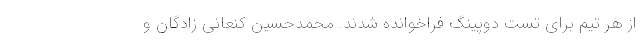
از هر تیم برای تست دوپینگ فراخوانده شدند. محمدحسین کنعانی زادگان و